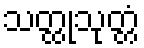
သတ္ထုသုတ္တံ